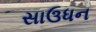
સાઉધન